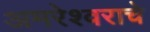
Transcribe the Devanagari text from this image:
अमरेश्वराचे